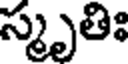
స్మృతిః